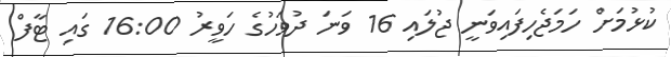
ކުޅުމަށް ހަމަޖެހިފައިވަނީ ޖުލައި 16 ވަނަ ދުވަހުގެ ހަވީރު 16:00 ގައި ޓާފް